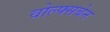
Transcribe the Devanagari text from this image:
वोल्फ्सबेन